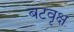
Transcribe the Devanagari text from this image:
बटवृक्ष